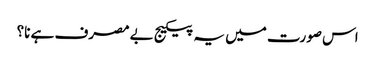
اس صورت میں یہ پیکیج بےمصرف ہے نا؟